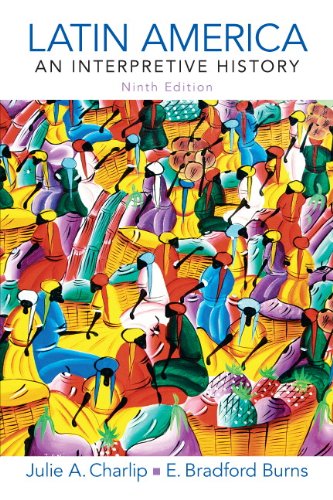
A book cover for Latin America: An Interpretive History (9th Edition) (Pearson Custom Library: World History/Meridians); Julie A. Charlip; History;